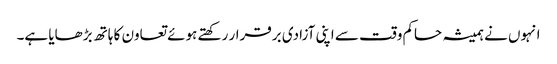
انہوں نے ہمیشہ حاکم وقت سے اپنی آزادی برقرار رکھتے ہوئے تعاون کا ہاتھ بڑھایا ہے۔